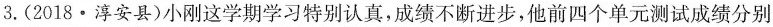
3. (2018 · 淳安县)小刚这学期学习特别认真，成绩不断进步，他前四个单元测试成绩分别